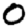
Digit: 0